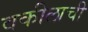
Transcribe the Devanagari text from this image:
वकीलाची